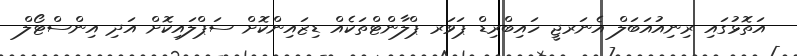
އަތޮޅުގައި ރިނިއުއަބަލް އެނަރޖީ ހައިބްރިޑް ޕަވަރ ޕްލާންޓްތަކެއް ޑިޒައިންކޮށް ސަޕްލައިކޮށް އަދި އިންސްޓޯލް